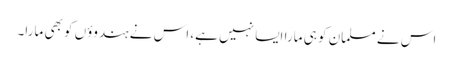
اس نے مسلمان کو ہی مارا ایسا نہیں ہے، اس نے ہندوؤں کو بھی مارا۔